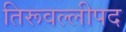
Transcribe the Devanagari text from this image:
तिरूवल्लीपद